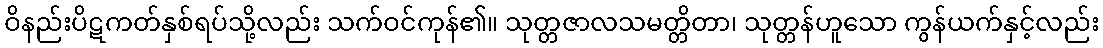
ဝိနည်းပိဋကတ်နှစ်ရပ်သို့လည်း သက်ဝင်ကုန်၏။ သုတ္တဇာလသမတ္တိတာ၊ သုတ္တန်ဟူသော ကွန်ယက်နှင့်လည်း